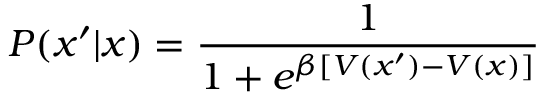
P ( x ^ { \prime } | x ) = \frac { 1 } { 1 + e ^ { \beta [ V ( x ^ { \prime } ) - V ( x ) ] } }